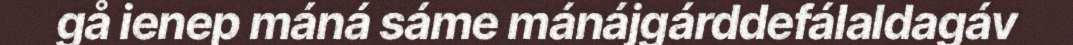
gå ienep máná sáme mánájgárddefálaldagáv